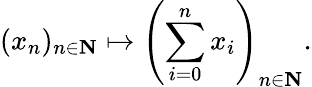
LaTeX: (x_{n})_{n\in\mathbf{N}}\mapsto\left(\sum_{i=0}^{n}x_{i}\right)_{n\in\mathbf{N}}.